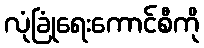
လုံခြုံရေးကောင်စီကို